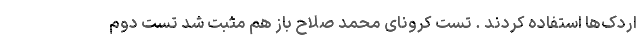
اردک‌ها استفاده کردند . تست کرونای محمد صلاح باز هم مثبت شد تست دوم